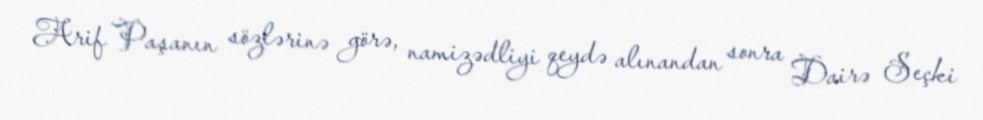
Arif Paşanın sözlərinə görə, namizədliyi qeydə alınandan sonra Dairə Seçki